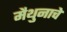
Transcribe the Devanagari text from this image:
मैथुनाचे